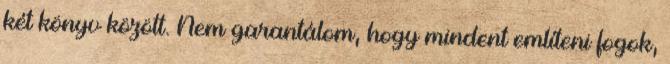
két könyv között. Nem garantálom, hogy mindent említeni fogok,